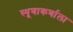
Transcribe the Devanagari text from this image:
स्थूणाकर्णाला